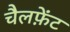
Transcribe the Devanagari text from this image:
चैलफ़ेंट